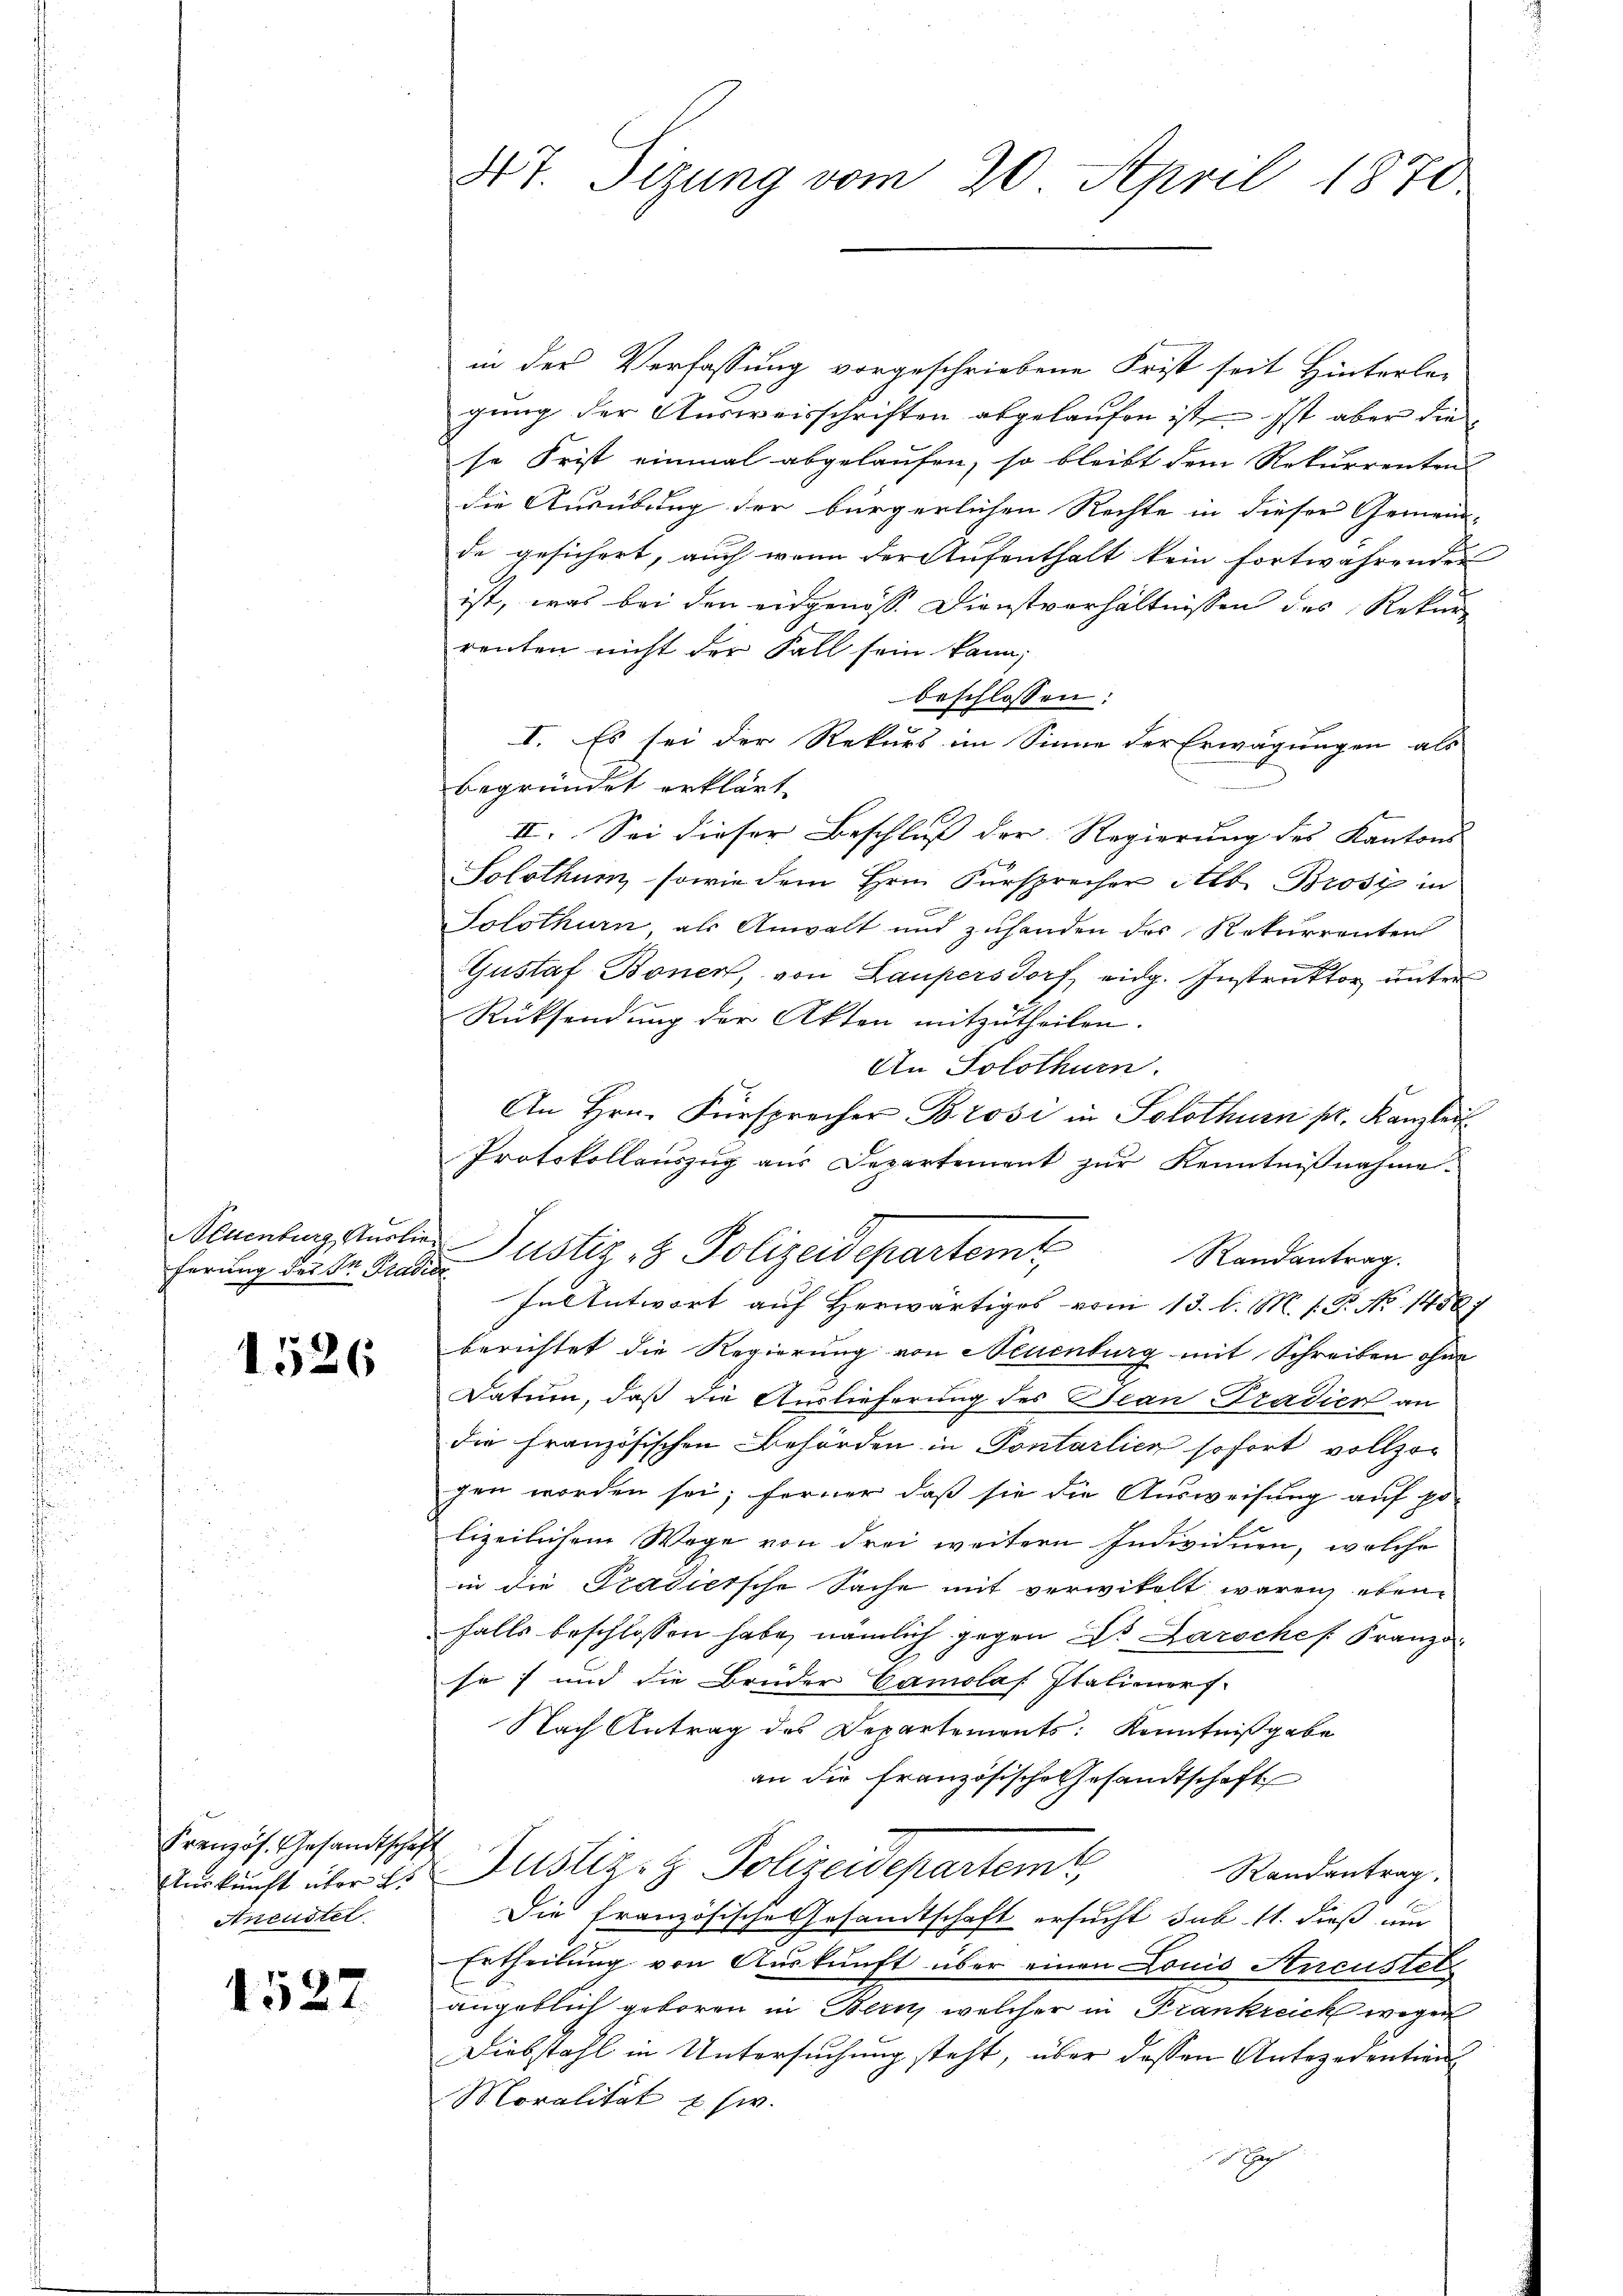
Neuenburg, Auslie
ferung des Dn. Pradice

1526

Französ. Gesandtschaft
Auskunft über L.
Aneustel

1527

47. Sizung vom 20. April 1870

in der Verfassung vorgeschriebene Frist seit Hinterle-
gung der Ausweisschriften abgelaufen ist. Ist aber die
se Frist einmal abgelaufen, so bleibt dem Rekurrenten
die Ausübung der bürgerlichen Rechte in dieser Gemein-
de gesichert, auch wenn der Aufenthalt kein fortwährenden
ist, was bei den eidgenöss. Dienstverhältnissen des Rekur
renten nicht der Fall sein kann,
beschlossen:
I. Es sei der Rekurs im Sinne der Erwägungen als
begründet erklärt
II. Sei dieser Beschluss der Regierung des Kantons- |
Solothum, sowie dem Hrn. Fürsprecher Alb. Brost in
Solothurn als Anwalt und zuhanden des Rekurrenten
Gustaf Bonen, von Laupersdorf, eidg. Instruktor unter
Rücksendung der Akten mitzutheilen.
An Solothurn.
An Hrn. Fürsprecher Brosi in Solothurn pr. Kanzleit
Protokollauszug aus Departement zur Kenntnißnahme.
Justiz- & Polizeidepartem Randantrag.
In Antwort auf Herwärtiges vom 13. l. M. h. T. No 1458
berichtet die Regierung von Neuenburg mit Schreiben ohne
Datum, daß die Auslieferung des Jean Tradien an
die französischen Behörden in Pontarlier sofort vollzog
gen worden sei; ferner daß sie die Ausweisung auf po-
lizeilichem Wege von drei weitern Individuen, welche
in die Tradiersche Sache mit verwitelt waren, ebenfalls beschlossen habe, nämlich gegen Dr. Laroches Franzo
se) und die Bruder Camolas Italieners.
Nach Antrag des Departements: Kenntnißgabe
an die französische Gesandtschaft
Justiz- & Polizeideparteme
Randantrag.
Die französische Gesandtschaft ersucht sub 11. dieß um
Ertheilung von Auskunft über einen Louis Aneustel
angeblich geboren in Bern welcher in Frankreich wegen
Diebstahl in Untersuchung steht, über dessen Antezedentions
Moralität usw.